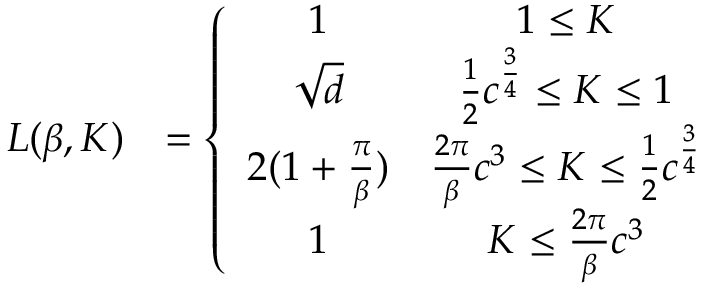
\begin{array} { r l } { L ( \beta , K ) } & { = \left\{ \begin{array} { c c } { 1 } & { 1 \le K } \\ { \sqrt d } & { \frac 1 2 c ^ { \frac 3 4 } \le K \le 1 } \\ { 2 ( 1 + \frac \pi \beta ) } & { \frac { 2 \pi } \beta c ^ { 3 } \le K \le \frac 1 2 c ^ { \frac 3 4 } } \\ { 1 } & { K \le \frac { 2 \pi } \beta c ^ { 3 } } \end{array} \right. } \end{array}